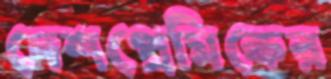
দেশপ্রেমিকের